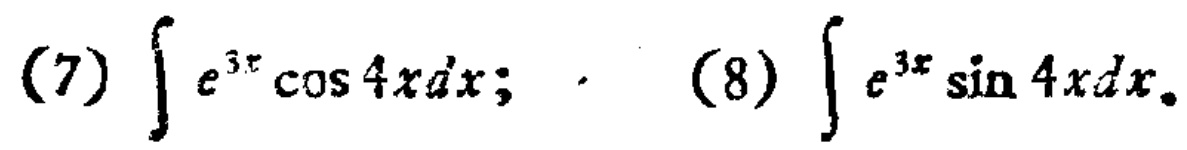
(7) \(\int e^{3x}\cos 4x dx;\)  (8) \(\int e^{3x}\sin 4x dx\)